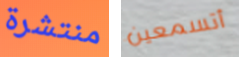
منتشرة أتسمعين